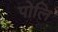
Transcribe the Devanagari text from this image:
पोलि